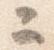
ニ